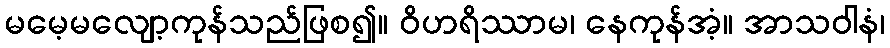
မမေ့မလျော့ကုန်သည်ဖြစ၍။ ဝိဟရိဿာမ၊ နေကုန်အံ့။ အာသဝါနံ၊